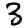
Digit: 3